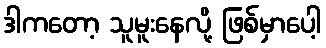
ဒါကတော့ သူမူးနေလို့ ဖြစ်မှာပေါ့